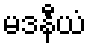
မဒနီယံ